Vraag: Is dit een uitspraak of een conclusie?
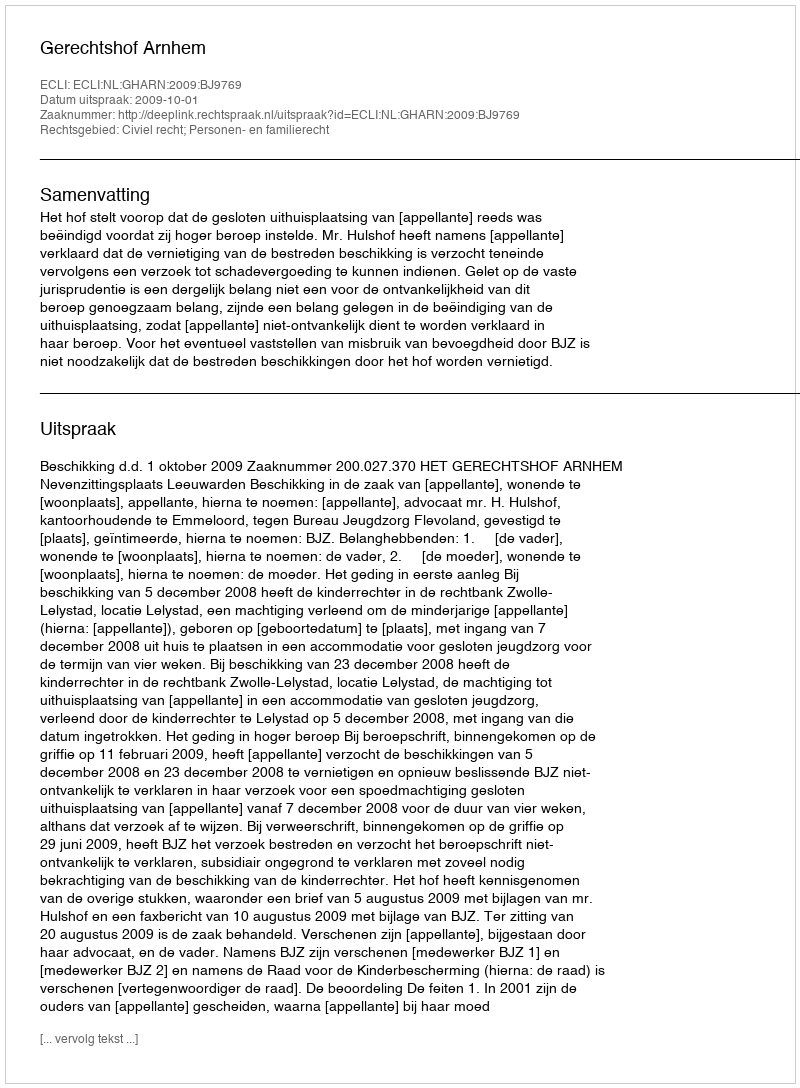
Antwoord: Uitspraak